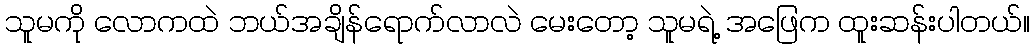
သူမကို လောကထဲ ဘယ်အချိန်ရောက်လာလဲ မေးတော့ သူမရဲ့ အဖြေက ထူးဆန်းပါတယ်။